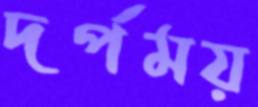
দর্পময়